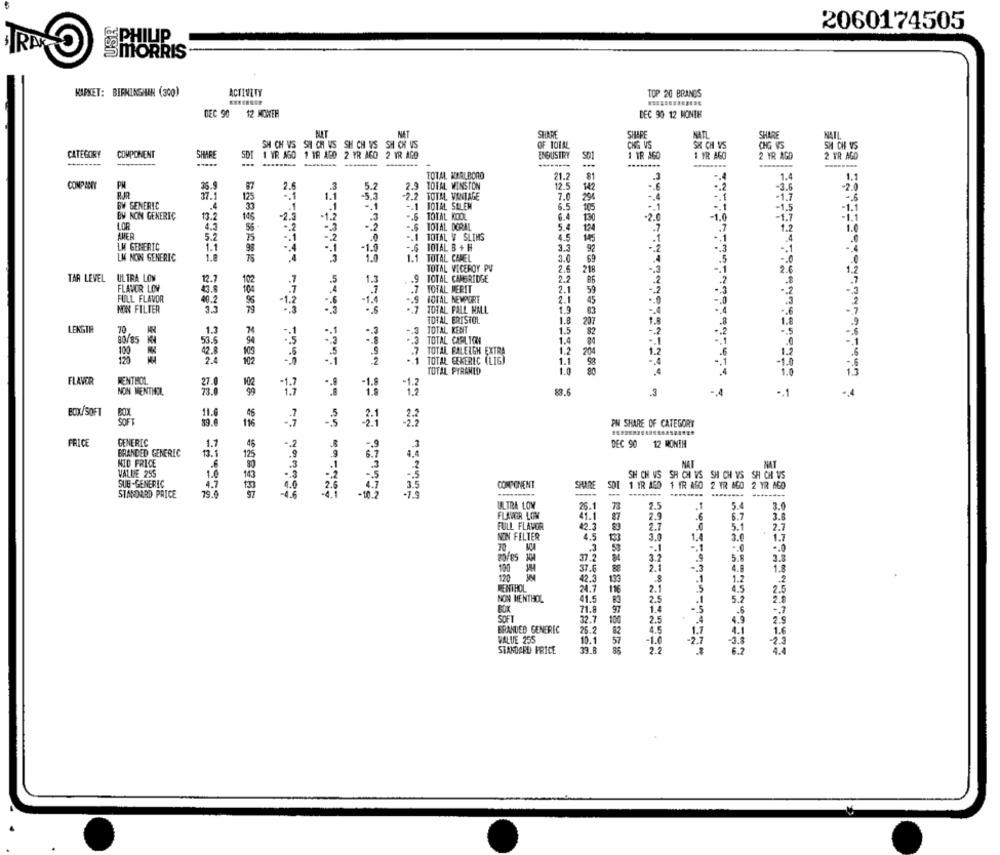
USE
2060174505
PHILIP
MORRIS
KAPRET: BIRMINGHAN (300)
ACTIVITY
TOP 20 BRANDS
DEC 90 12 MOWEH
DEC 90 12 MONTH
BUAT
NAT
SHARE
SIMARE
NAT
SHARE
NATL
SH CH VS SH CH VS SH CH VS SH CH VS
OF TOTAL
CHA VS
SX CH VS
CHG VS
SH CH VS
CATEGORY
COMPONENT
SHARE
INDUSTRY
1 IR AGO
2 YR AGO
-----
.....
SDI 1 YR AGO 1 18 AGO 2 YR AGO 2 YR AGO
--------
1 IR AGO
2 YR AGD
TOTAL NYALBORO
21.2
1.4
COMPANY
PM
36.9
2.
5.2
2.9 TOTAL WINSTON
12.5
142
-6
-3.6
-2.0
RJR
37.
125
1.1
-5.3
-2.2 TOTM. VANTAGE
7.0
290
-4
-1.7
-. 6
BW GENERIC
.1
-. 1 10TAL SALEM
6.5
105
.. 1
-1.5
-1.1
BW NON GENERIC
2.3
-. 1
-
13.2
145
-1.2
.. 6 TOTAL KOOL
6.4
-2.0
-1.7
-i.1
LOR
-. 2
-. $ TOTAL DORAL
5.4
.7
1.
AMER
5.2
75
-2
-. 1 TOTAL V SLIMS
4.5
145
.4
LK GENERIC
1.1
.. 1
-1.0
-. 6 10TAL B + H
3.3
92
-. 1
LM NON GENERIC
1.8
1.1 TOTAL CAMEL
3.0
.5
-. 0
1.0
TOTAL VICEROY PV
69
2.
218
2.6
1.2
TAR LEVEL ULTRA LOW
12.7
102
1.3
.9 TOTAL CAMBRIDGE
2.2
86
.7
FLAVOR LOW
43.8
104
.7
TOTAL MERIT
2.1
59
-. 2
FULL FLAVOR
40.2
-1.4
.9
TOTAL NEMPORT
2.1
45
.. 0
NON FILTER
3.2
79
TOTAL PALL MALL
1.9
83
.. 6
조전조売
TOTAL ERISTOL
1.8
207
1.8
LENGTH
70
1.3
.. 1
TOTAL KENT
1.5
82
-- 2
-. 5
80/85 MN
53.6
94
TOTAL CAR TORN
1.4
.. 1
100
42.8
105
TOTAL FALEIGH EXTRA
1.2
204
120
2.4
102
TOTAL CEKERIC (LIGI
1.2
1.1
-. 4
.1
-1.0
TOTAL PYRAMID
1.0
.4
1.0
13
FLAVOR
MENTHOL
27.0
1.2
NON MENTHOL
73.0
83.6
-A
-. 1
-4
BOX/SOFT
11.4
83.0
116
PW SHARE OF CATEGORY
PRICE
GENERIC
1.7
48
DEC 90 12 MONTH
BRANDED GENEREC
13.1
6.7
NID PRICE
NAT
NAT
1.0
SH CH VS SH CH VS SH CH VS SH CH WS
4.7
COMPONENT
SHARE
SDI 1 IR AGO 1 TR AGO 2 TR AGO 2 YR AGO
STANDARD PRICE
79.0
-10.
7.5
--
ULTRA LOW
26.1
78
2.5
.1
5.4
3.0
FLAVOR LOW
3.8
41.1
2.9
.6
6.7
FULL FLAVOR
123
2.7
5.1
.
2.7
NON FELTER
4.5
3.0
1.4
3.0
1.7
-. 0
-. 0
20/85 104
37.2
3.2
5.8
3.8
130
37.6
88
2.1
-. 3
4.8
1.8
120
42.3
139
.1
1.2
MENTHOL
24.7
116
2.1
4.5
2.5
NON MENTHOL
41.5
2.
.1
5.2
2.8
71.8
1.
-. 5
-. 7
97
-6
SOFT
32.7
100
2.5
.4
4.9
2.5
BRANDED GENERIC
26.2
82
1.7
4.1
1.6
VALUE 255
10.1
57
2.3
STANDARD PRICE
33.8
6.7
4.4